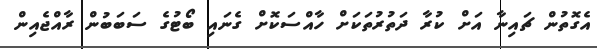
އެގޮތުން ޗައިނާ އަށް ކުރާ ދަތުރުތަކަށް ހާއްސަކޮށް ގެނައި ބޯޓުގެ ސަބަބުން ރާއްޖެއިން